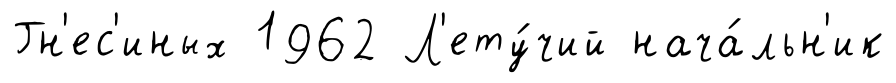
Гн'ес'иных 1962 Л'ету́чий нача́льн'ик